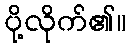
ပို့လိုက်၏။